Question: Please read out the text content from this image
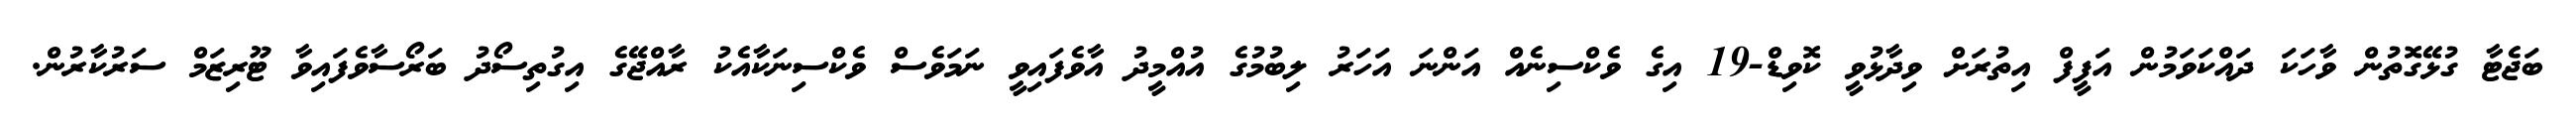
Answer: ބަޖެޓާ ގުޅޭގޮތުން ވާހަކަ ދައްކަވަމުން އަފީފް އިތުރަށް ވިދާޅުވީ ކޮވިޑް-19 އިގެ ވެކްސިނެއް އަންނަ އަހަރު ލިބުމުގެ އުއްމީދު އާވެފައިވީ ނަމަވެސް ވެކްސިނަކާއެކު ރާއްޖޭގެ އިގުތިސޯދު ބަރޯސާވެފައިވާ ޓޫރިޒަމް ސަރުކާރުން.